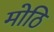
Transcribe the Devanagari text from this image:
मोठि